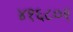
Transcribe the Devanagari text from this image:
४१६८०१